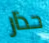
حذار